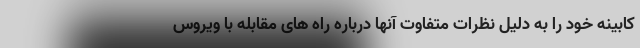
کابینه خود را به دلیل نظرات متفاوت آنها درباره راه های مقابله با ویروس